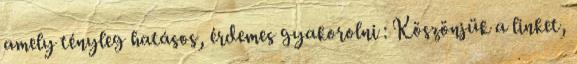
amely tényleg hatásos, érdemes gyakorolni : Köszönjük a linket,